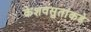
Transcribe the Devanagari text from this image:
केशवसुतांकडे